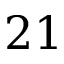
2 1